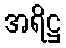
အရိဋ္ဌ